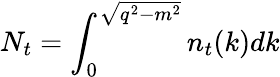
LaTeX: N_{t}=\int_{0}^{\sqrt{q^{2}-m^{2}}}n_{t}(k)dk